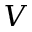
V